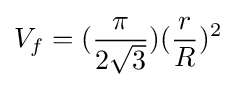
{V_{f}}=({\frac {\pi }{2{\sqrt {3}}}}){({\frac {r}{R}})^{2}}